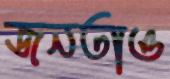
জনতাও